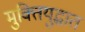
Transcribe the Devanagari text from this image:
मुक्तियुद्धात